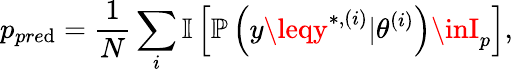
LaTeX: p_{pre\mathrm{d}}=\frac{{1}}{{N}}\sum_{i}\mathbb{{I}}\left[\mathbb{{P}}\left(y\leqy^{*,(i)}|\theta^{(i)}\right)\inI_{p}\right],